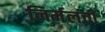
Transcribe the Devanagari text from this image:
निर्मलची